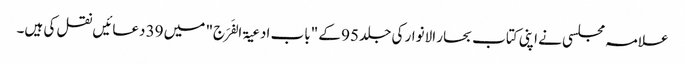
علامہ مجلسی نے اپنی کتاب بحار الانوار کی جلد 95 کے "باب ادعیۃ الفَرَج" میں 39 دعائیں نقل کی ہیں۔